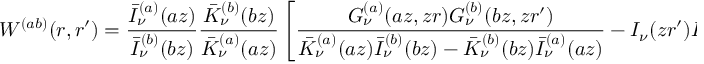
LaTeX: W ^ { ( a b ) } ( r , r ^ { \prime } ) = \frac { \bar { I } _ { \nu } ^ { ( a ) } ( a z ) } { \bar { I } _ { \nu } ^ { ( b ) } ( b z ) } \frac { \bar { K } _ { \nu } ^ { ( b ) } ( b z ) } { \bar { K } _ { \nu } ^ { ( a ) } ( a z ) } \left[ \frac { G _ { \nu } ^ { ( a ) } ( a z , z r ) G _ { \nu } ^ { ( b ) } ( b z , z r ^ { \prime } ) } { \bar { K } _ { \nu } ^ { ( a ) } ( a z ) \bar { I } _ { \nu } ^ { ( b ) } ( b z ) - \bar { K } _ { \nu } ^ { ( b ) } ( b z ) \bar { I } _ { \nu } ^ { ( a ) } ( a z ) } - I _ { \nu } ( z r ^ { \prime } ) K _ { \nu } ( z r ) \right] .